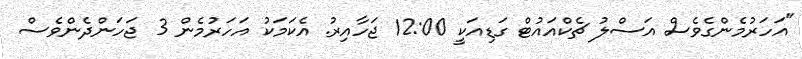
"އަހަރުމެންގެވެސް އަސްލު ޗެކްއައުޓް ގަޑިއަކީ 12:00 ޖަހާއިރު. އެކަމަކު އަހަރުމެން 3 ޖަހަންދެންވެސް